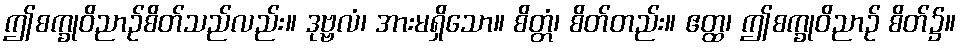
ဤစက္ခုဝိညာဉ်စိတ်သည်လည်း။ ဒုဗ္ဗလံ၊ အားမရှိသော။ စိတ္တံ၊ စိတ်တည်း။ ဧတ္ထ၊ ဤစက္ခုဝိညာဉ် စိတ်၌။